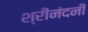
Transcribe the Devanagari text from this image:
श्रीनंदनी